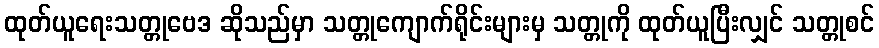
ထုတ်ယူရေးသတ္တုဗေဒ ဆိုသည်မှာ သတ္တုကျောက်ရိုင်းများမှ သတ္တုကို ထုတ်ယူပြီးလျှင် သတ္တုစင်